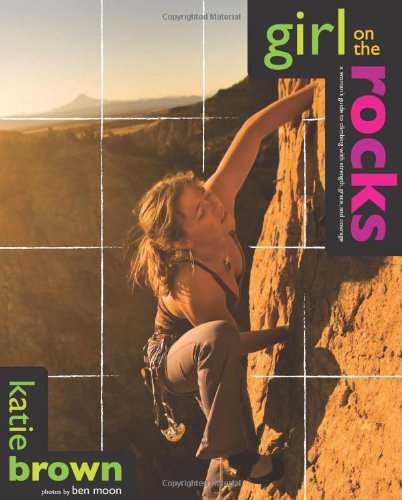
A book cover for Girl on the Rocks: A Woman's Guide To Climbing With Strength, Grace, And Courage; Katie Brown; Sports & Outdoors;